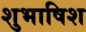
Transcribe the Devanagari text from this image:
शुभाषिश